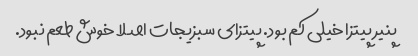
پنیر پیتزا خیلی کم بود. پیتزای سبزیجات اصلا خوش طعم نبود.